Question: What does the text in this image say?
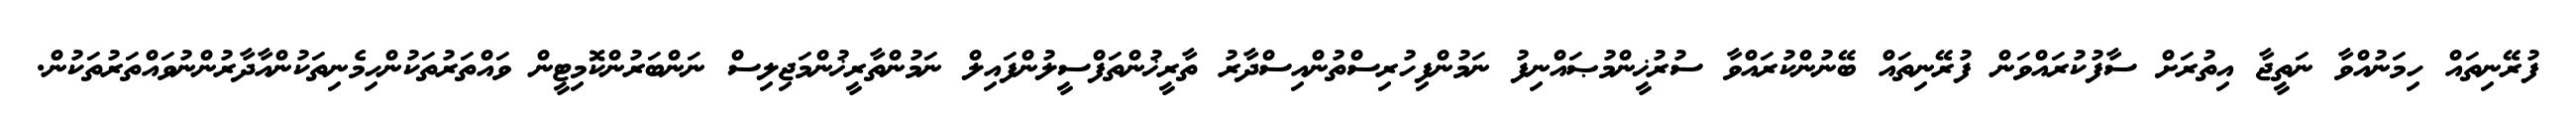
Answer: ފުރޭނިތައް ހިމަނުއްވާ ނަތީޖާ އިތުރަށް ސާފުކުރައްވަން ފުރޭނިތައް ބޭނުންކުރައްވާ ސުރުޚީންމުޞައްނިފު ނަމުންފިހުރިސްތުންއިސްދާރު ތާރީޚުންތަފްސީލުންފައިލް ނަމުންތާރީޚުންމަޖިލިސް ނަންބަރުންކޮމިޓީން ވައްތަރުތަކުންހިމެނިތަކުންއާދާރުންނުވައްތަރުތަކުން.